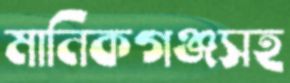
মানিকগঞ্জসহ